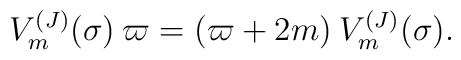
V_m^{(J)}(\sigma)\>\varpi=(\varpi+2m)\>V_m^{(J)}(\sigma).